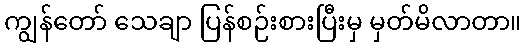
ကျွန်တော် သေချာ ပြန်စဉ်းစားပြီးမှ မှတ်မိလာတာ။